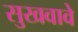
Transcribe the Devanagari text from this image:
सुखवावे